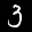
Label: 3